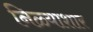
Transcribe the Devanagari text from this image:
निळ्याशार